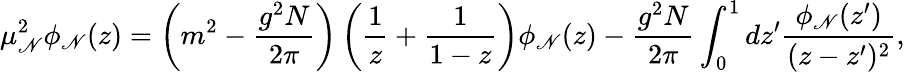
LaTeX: \mu_{\mathscr{N}}^{2}\phi_{\mathscr{N}}(z)=\left(m^{2}-\frac{{g^{2}N}}{{2\pi}}\right)\left(\frac{{1}}{{z}}+\frac{{1}}{{1-z}}\right)\phi_{\mathscr{N}}(z)-\frac{{g^{2}N}}{{2\pi}}\int_{0}^{1}dz^{\prime}\frac{{\phi_{\mathscr{N}}(z^{\prime})}}{{(z-z^{\prime})^{2}}},